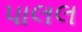
પાલલ